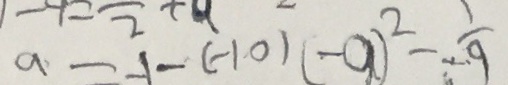
a - - 1 - ( - 1 0 ) ( - a ) ^ { 2 } - \frac { 1 } { - 9 }